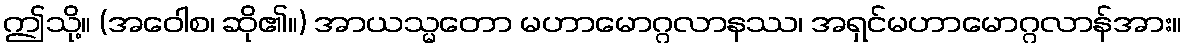
ဤသို့။ (အဝေါစ၊ ဆို၏။) အာယသ္မတော မဟာမောဂ္ဂလာနဿ၊ အရှင်မဟာမောဂ္ဂလာန်အား။